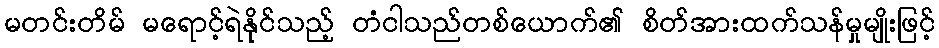
မတင်းတိမ် မရောင့်ရဲနိုင်သည့် တံငါသည်တစ်ယောက်၏ စိတ်အားထက်သန်မှုမျိုးဖြင့်